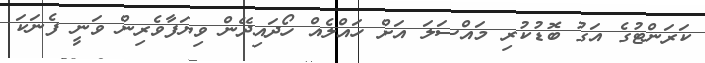
ކަރަންޓުގެ އަގު ބޮޑުކުރި މައްސަލަ އަށް ހައްލެއް ހޯދައިދޭން ވިޔަފާވެރިން ވަނީ ފެނަަކަ